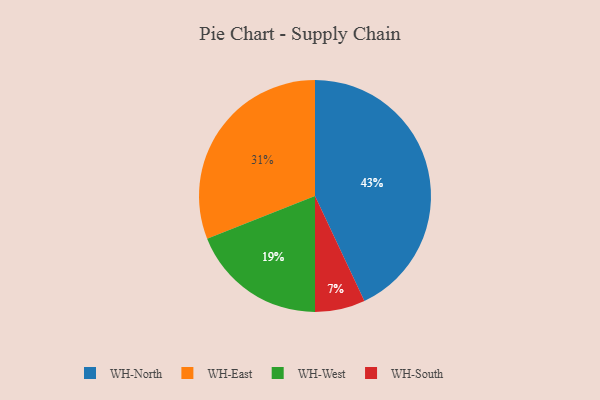
{"axis": {"x": "Category", "y": "Percentage"}, "legend": ["WH-East", "WH-North", "WH-South", "WH-West"], "data": [{"x": "WH-South", "y": 7, "type": "WH-South"}, {"x": "WH-North", "y": 43, "type": "WH-North"}, {"x": "WH-West", "y": 19, "type": "WH-West"}, {"x": "WH-East", "y": 31, "type": "WH-East"}]}